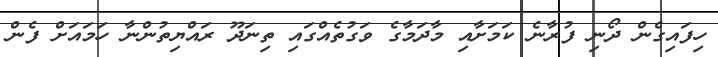
ހިފައިގެން ދޯނި ފުރާނެ ކަމަށާއި މާދަމާގެ ވަގުތެއްގައި ތިނަދޫ ރައްޔިތުންނާ ހަމައަށް ފެން